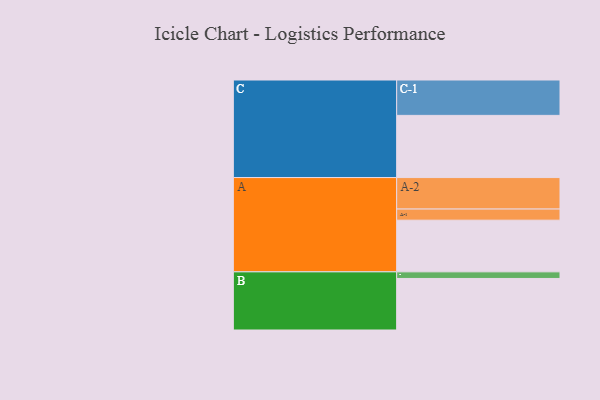
{"axis": {"x": "Segment", "y": "Value"}, "legend": ["", "A", "B", "C"], "data": [{"x": "A", "y": 422, "type": ""}, {"x": "B", "y": 421, "type": ""}, {"x": "C", "y": 508, "type": ""}, {"x": "A-1", "y": 91, "type": "A"}, {"x": "A-2", "y": 257, "type": "A"}, {"x": "B-1", "y": 54, "type": "B"}, {"x": "C-1", "y": 289, "type": "C"}]}